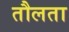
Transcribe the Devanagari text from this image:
तौलता